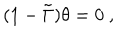
( 1 - \tilde { \Gamma } ) \theta = 0 \ ,